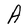
Character: A